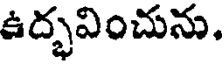
ఉద్భవించును.